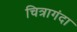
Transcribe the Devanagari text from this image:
चित्रागंदा